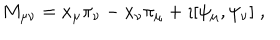
M _ { \mu \nu } = x _ { \mu } \pi _ { \nu } - x _ { \nu } \pi _ { \mu } + \imath [ \psi _ { \mu } , \psi _ { \nu } ] \; ,